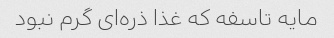
مایه تاسفه که غذا ذره‌ای گرم نبود